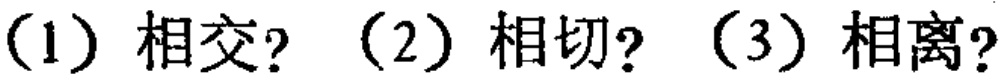
(1) 相交?  (2) 相切?  (3) 相离?